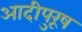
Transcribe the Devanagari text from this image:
आदीपुरूष